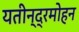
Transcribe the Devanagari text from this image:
यतीन्द्रमोहन